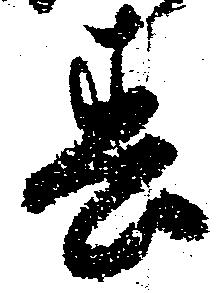
春